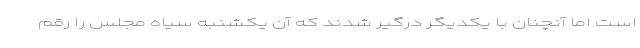
است اما آنچنان با یکدیگر درگیر شدند که آن یکشنبه سیاه مجلس را رقم